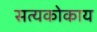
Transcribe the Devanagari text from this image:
सत्यकोकाय